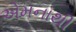
એમનાથી